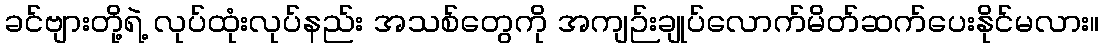
ခင်ဗျားတို့ရဲ့ လုပ်ထုံးလုပ်နည်း အသစ်တွေကို အကျဉ်းချုပ်လောက်မိတ်ဆက်ပေးနိုင်မလား။